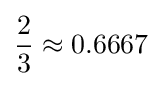
{\frac {2}{3}}\approx 0.6667